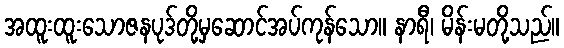
အထူးထူးသောဇနပုဒ်တို့မှဆောင်အပ်ကုန်သော။ နာရီ၊ မိန်းမတို့သည်။